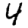
Digit: 4